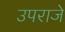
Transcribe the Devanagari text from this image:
उपराजे